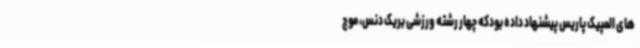
های المپیک پاریس پیشنهاد داده بودکه چهار رشته ورزشی بریک دنس، موج